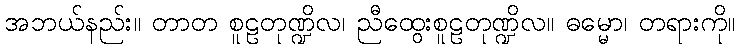
အဘယ်နည်း။ တာတ စူဠတုဏ္ဍိလ၊ ညီထွေးစူဠတုဏ္ဍိလ။ ဓမ္မော၊ တရားကို။